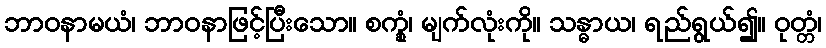
ဘာဝနာမယံ၊ ဘာဝနာဖြင့်ပြီးသော။ စက္ခုံ၊ မျက်လုံးကို။ သန္ဓာယ၊ ရည်ရွယ်၍။ ဝုတ္တံ၊